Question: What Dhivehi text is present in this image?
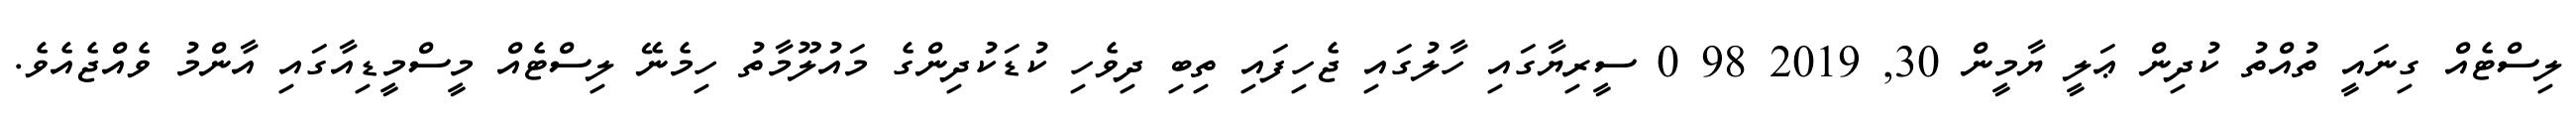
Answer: ލިސްޓެއް ގިނައީ ތުއްތު ކުދިން ޢަލީ ޔާމީން 30, 2019 98 0 ސީރިޔާގައި ހާލުގައި ޖެހިފައި ތިބި ދިވެހި ކުޑަކުދިންގެ މައުލޫމާތު ހިމެނޭ ލިސްޓެއް މީސްމީޑިއާގައި އާންމު ވެއްޖެއެވެ.